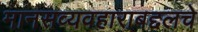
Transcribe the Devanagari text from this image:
मानसव्यवहाराबद्दलचे